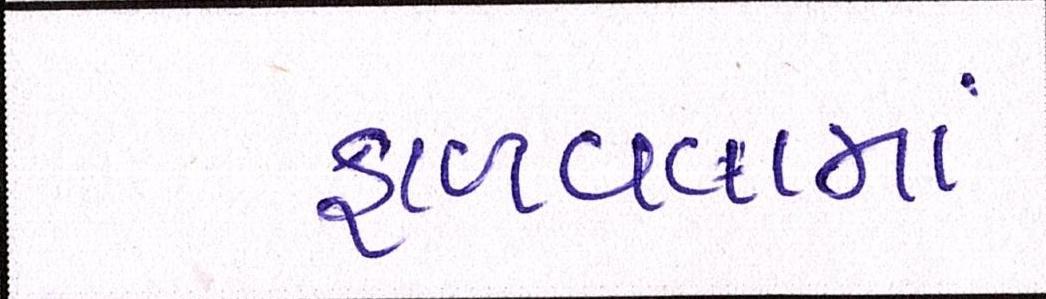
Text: ફાળવવામાં